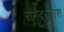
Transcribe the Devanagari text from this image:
रामदरकाश